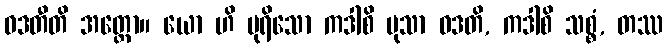
ဝဒတီတိ အတ္ထော။ ယော ဟိ ပုရိသော ကဒါစိ မုသာ ဝဒတိ, ကဒါစိ သစ္စံ, တဿ